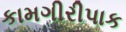
કામગીરીપાક